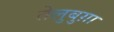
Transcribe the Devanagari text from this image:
तेलुबुग़ा